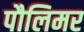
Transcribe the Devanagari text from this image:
पौलिमर